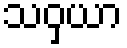
သဝှယာ